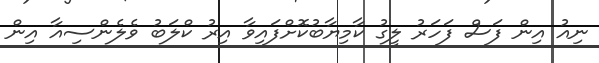
ނިއު އިން ފަސް ފަހަރު ލީގު ކާމިޔާބުކޮށްފައިވާ އިރު ކްލަބު ވެލެންސިއާ އިން